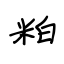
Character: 粕